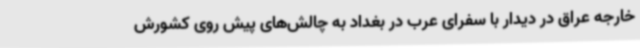
خارجه عراق در دیدار با سفرای عرب در بغداد به چالش‌های پیش روی کشورش